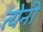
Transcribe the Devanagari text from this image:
त्येनी